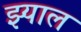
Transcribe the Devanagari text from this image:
झ्याल